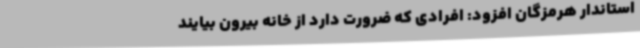
استاندار هرمزگان افزود: افرادی که ضرورت دارد از خانه بیرون بیایند